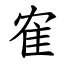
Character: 隺